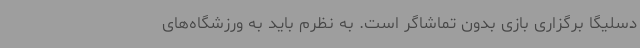
دسلیگا برگزاری بازی بدون تماشاگر است. به نظرم باید به ورزشگاه‌های